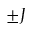
\pm J